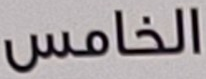
الخامس